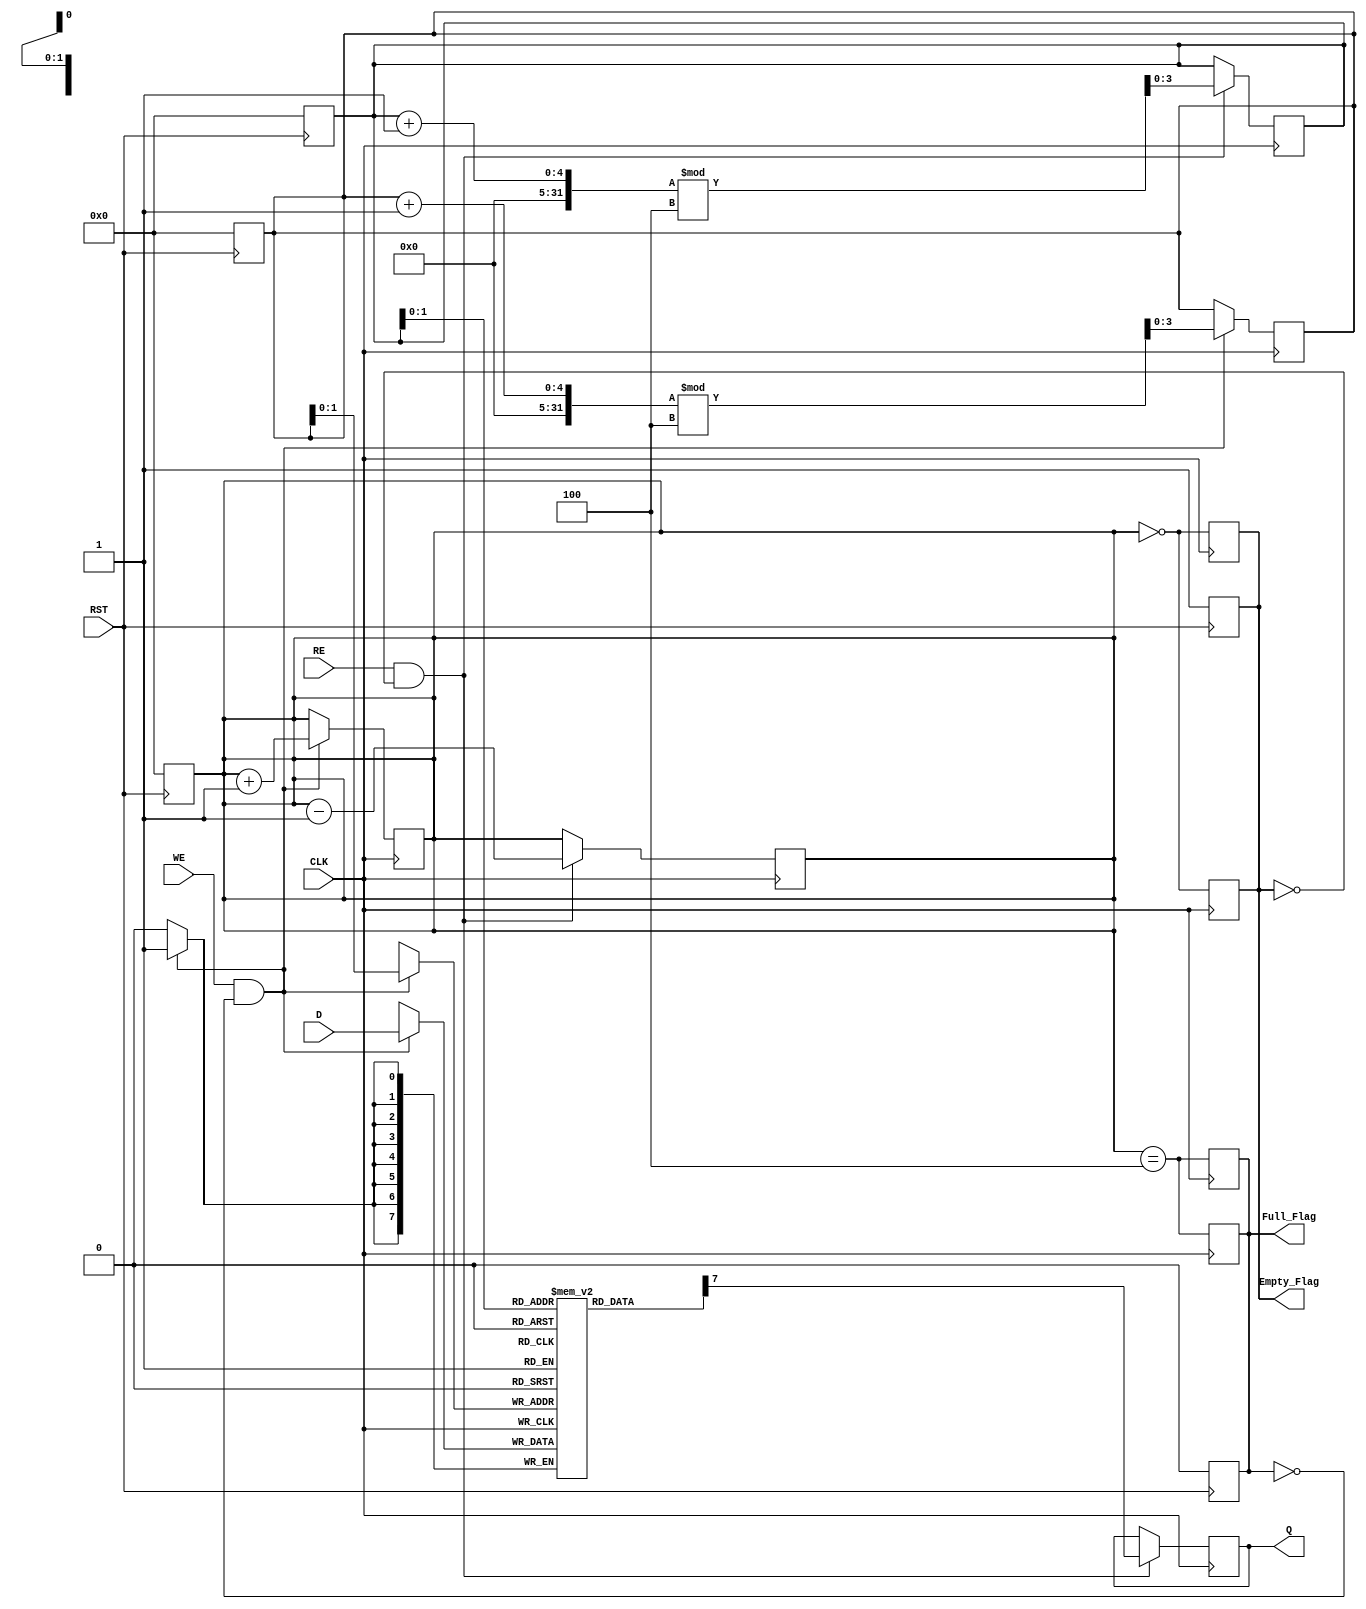
module FIFO_PISO #(
    parameter DATA_WIDTH = 8,  // Width of the parallel data input
    parameter FIFO_DEPTH = 4    // Number of entries in the FIFO
)(
    input  wire [DATA_WIDTH-1:0] D,     // Parallel Data Input
    input  wire WE,                     // Write Enable
    input  wire RE,                     // Read Enable
    input  wire CLK,                    // Clock
    input  wire RST,                    // Reset
    output reg  Q,                      // Serial Output
    output reg  Full_Flag,              // Full Flag
    output reg  Empty_Flag              // Empty Flag
);

    // Internal storage for the FIFO
    reg [DATA_WIDTH-1:0] fifo_storage [0:FIFO_DEPTH-1];
    reg [3:0] write_pointer;  // Pointer for writing data
    reg [3:0] read_pointer;   // Pointer for reading data
    reg [3:0] count;          // Count of items in the FIFO

    // Asynchronous reset
    always @(posedge RST) begin
        write_pointer <= 0;
        read_pointer <= 0;
        count <= 0;
        Full_Flag <= 0;
        Empty_Flag <= 1;
    end

    // Write operation
    always @(posedge CLK) begin
        if (WE && !Full_Flag) begin
            fifo_storage[write_pointer] <= D; // Store data
            write_pointer <= (write_pointer + 1) % FIFO_DEPTH; // Update write pointer
            count <= count + 1; // Increment count
        end

        // Update Full_Flag and Empty_Flag
        Full_Flag <= (count == FIFO_DEPTH);
        Empty_Flag <= (count == 0);
    end

    // Read operation
    always @(posedge CLK) begin
        if (RE && !Empty_Flag) begin
            Q <= fifo_storage[read_pointer][DATA_WIDTH-1]; // Output MSB
            read_pointer <= (read_pointer + 1) % FIFO_DEPTH; // Update read pointer
            count <= count - 1; // Decrement count
        end

        // Update Full_Flag and Empty_Flag
        Full_Flag <= (count == FIFO_DEPTH);
        Empty_Flag <= (count == 0);
    end

endmodule